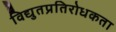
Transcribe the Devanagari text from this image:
विद्युतप्रतिरोधकता